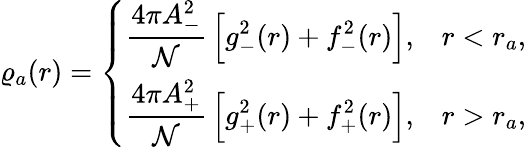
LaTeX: \varrho_{a}(r)=\left\{ \begin{array}{cc}{\displaystyle\frac{4\pi A_{-}^{2}}{\mathcal{N}}\, \Big[g_{-}^{2}(r)+f_{-}^{2}(r)\Big],}&{r<r_{a},}\\ {\displaystyle\frac{4\pi A_{+}^{2}}{\mathcal{N}}\, \Big[g_{+}^{2}(r)+f_{+}^{2}(r)\Big],}&{r>r_{a},}\end{array}\right.